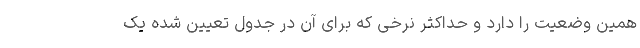
همین وضعیت را دارد و حداکثر نرخی که برای آن در جدول تعیین شده یک